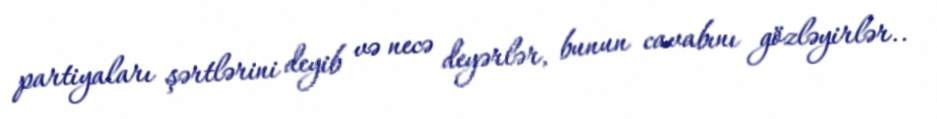
partiyaları şərtlərini deyib və necə deyərlər, bunun cavabını gözləyirlər..